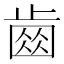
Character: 𣦗